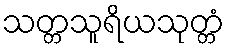
သတ္တသူရိယသုတ္တံ